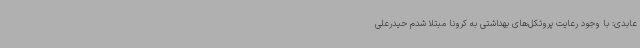
عابدی: با وجود رعایت پروتکل‌های بهداشتی به کرونا مبتلا شدم حیدرعلی